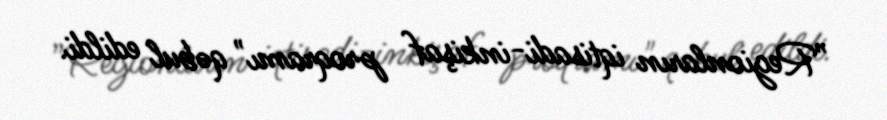
”Regionların iqtisadi-inkişaf proqramı" qəbul edildi.